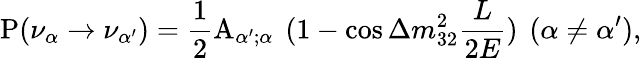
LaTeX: {\mathrm P}(\nu_{\alpha}\to\nu_{\alpha^{\prime}})=\frac{1}{2}{\mathrm A}_{{\alpha^{\prime}};\alpha}\, ~(1-\cos\Delta m_{32}^{2}\frac{L}{2E})\, ~(\alpha\not=\alpha^{\prime}),